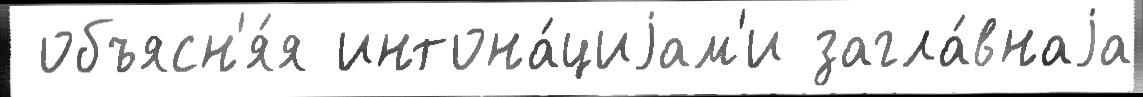
 объясн'я́я интона́циjам'и загла́внаjа